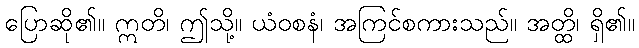
ပြောဆို၏။ ဣတိ၊ ဤသို့။ ယံဝစနံ၊ အကြင်စကားသည်။ အတ္ထိ၊ ရှိ၏။